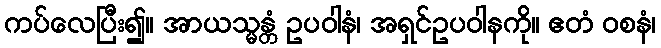
ကပ်လေပြီး၍။ အာယသ္မန္တံ ဥပဝါနံ၊ အရှင်ဥပဝါနကို။ ဧတံ ဝစနံ၊